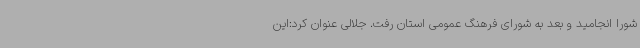
شورا انجامید و بعد به شورای فرهنگ عمومی استان رفت. جلالی عنوان کرد:این